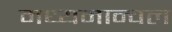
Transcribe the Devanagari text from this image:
मध्यमान्चल